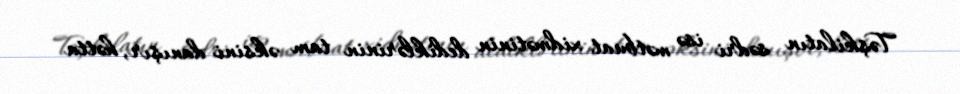
Təşkilatın sədri isə mətbuat xidmətinin dediklərinin tam əksini danışır, hətta